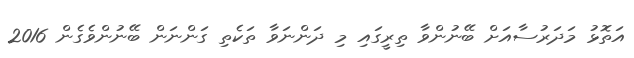
އަތޮޅު މަދަރުސާއަށް ބޭނުންވާ ތިރީގައި މި ދަންނަވާ ތަކެތި ގަންނަން ބޭނުންވެގެން 2016